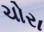
ચોરા